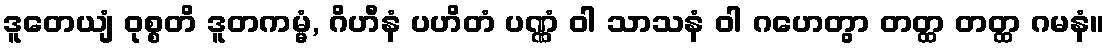
ဒူတေယျံ ဝုစ္စတိ ဒူတကမ္မံ, ဂိဟီနံ ပဟိတံ ပဏ္ဏံ ဝါ သာသနံ ဝါ ဂဟေတွာ တတ္ထ တတ္ထ ဂမနံ။